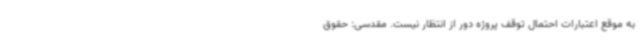
به موقع اعتبارات احتمال توقف پروژه دور از انتظار نیست. مقدسی: حقوق